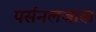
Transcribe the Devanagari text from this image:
पर्सनलजावा